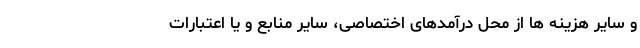
و سایر هزینه ها از محل درآمدهای اختصاصی، سایر منابع و یا اعتبارات